Lunatic asylums Burma 1907-21 - 1907-1921
Year: 1907
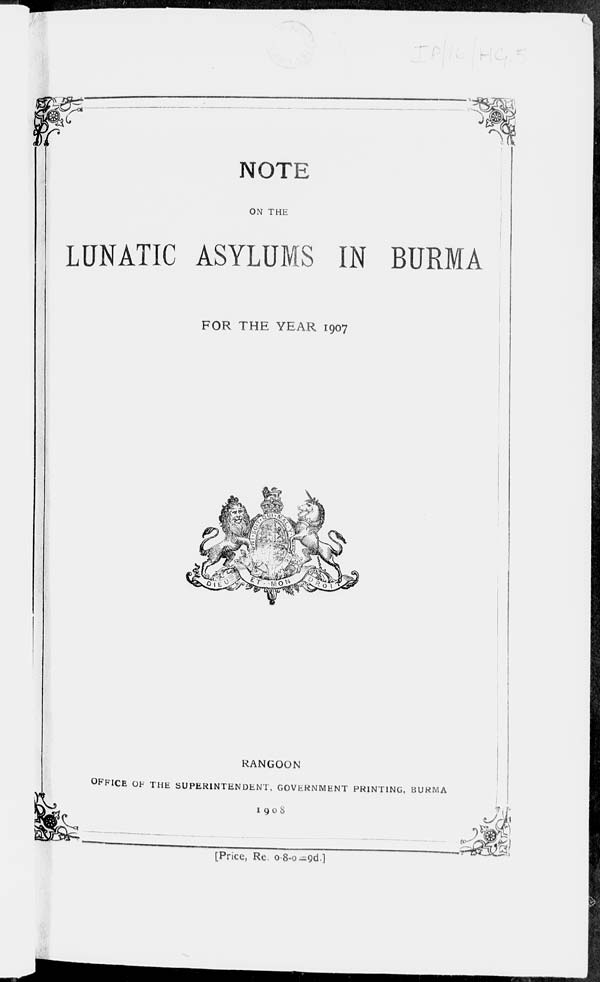
NOTE
ON THE
LUNATIC ASYLUMS IN BURMA
FOR THE YEAR 1907
RANGOON
OFFICE OF THE SUPERINTENDENT, GOVERNMENT PRINTING, BURMA
1908
[Price, Re. 0-8-0=9d.]